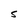
Character: S